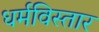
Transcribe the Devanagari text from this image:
धर्मविस्तार